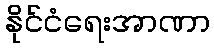
နိုင်ငံရေးအာဏာ